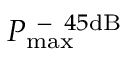
P _ { \mathrm { m a x } } ^ { \mathrm { ~ - ~ } 4 5 \mathrm { d B } }